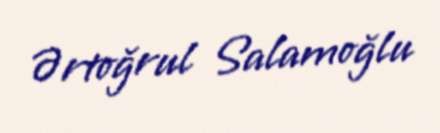
Ərtoğrul Salamoğlu